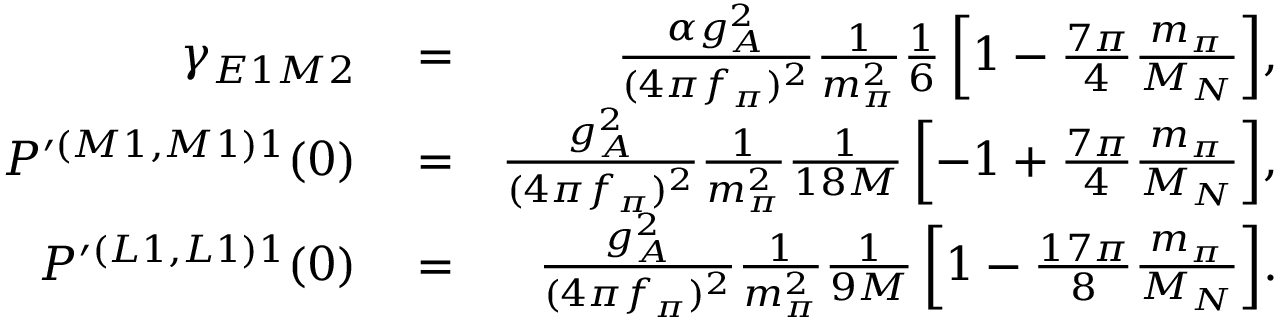
\begin{array} { r l r } { \gamma _ { E 1 M 2 } } & { { } = } & { \frac { \alpha g _ { A } ^ { 2 } } { ( 4 \pi f _ { \pi } ) ^ { 2 } } \frac { 1 } { m _ { \pi } ^ { 2 } } \frac { 1 } { 6 } \left[ 1 - \frac { 7 \pi } { 4 } \frac { m _ { \pi } } { M _ { N } } \right] \! , } \\ { P ^ { \prime ( M 1 , M 1 ) 1 } ( 0 ) } & { { } = } & { \frac { g _ { A } ^ { 2 } } { ( 4 \pi f _ { \pi } ) ^ { 2 } } \frac { 1 } { m _ { \pi } ^ { 2 } } \frac { 1 } { 1 8 M } \left[ - 1 + \frac { 7 \pi } { 4 } \frac { m _ { \pi } } { M _ { N } } \right] \! , } \\ { P ^ { \prime ( L 1 , L 1 ) 1 } ( 0 ) } & { { } = } & { \frac { g _ { A } ^ { 2 } } { ( 4 \pi f _ { \pi } ) ^ { 2 } } \frac { 1 } { m _ { \pi } ^ { 2 } } \frac { 1 } { 9 M } \left[ 1 - \frac { 1 7 \pi } { 8 } \frac { m _ { \pi } } { M _ { N } } \right] \! . } \end{array}